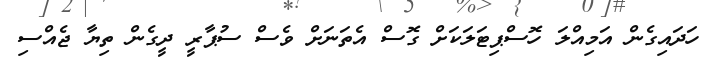
ހަދައިގެން އަމިއްލަ ހޮސްޕިޓަލަކަށް ގޮސް އެތަނަށް ވެސް ސުޕާރީ ދީގެން ތިޔާ ޖެއްސި